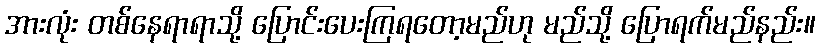
အားလုံး တစ်နေရာရာသို့ ပြောင်းပေးကြရတော့မည်ဟု မည်သို့ ပြောရက်မည်နည်း။